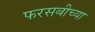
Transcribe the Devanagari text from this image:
फरसबीच्या